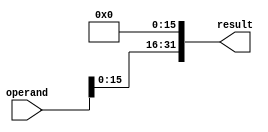
module shiftl16(operand, result);
	input [31:0] operand;
	output [31:0] result;
	
	assign result[31:16] = operand[15:0];
	assign result[15:0] = 16'b0000000000000000;
	
endmodule